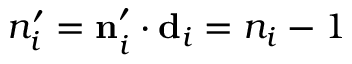
n _ { i } ^ { \prime } = { \bf n } _ { i } ^ { \prime } \cdot { \bf d } _ { i } = n _ { i } - 1